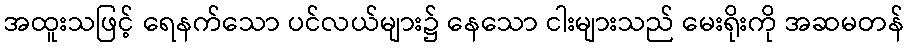
အထူးသဖြင့် ရေနက်သော ပင်လယ်များ၌ နေသော ငါးများသည် မေးရိုးကို အဆမတန်